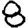
Digit: 8